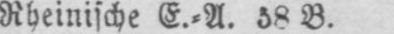
Rheinische E.⸗A. 38 B.